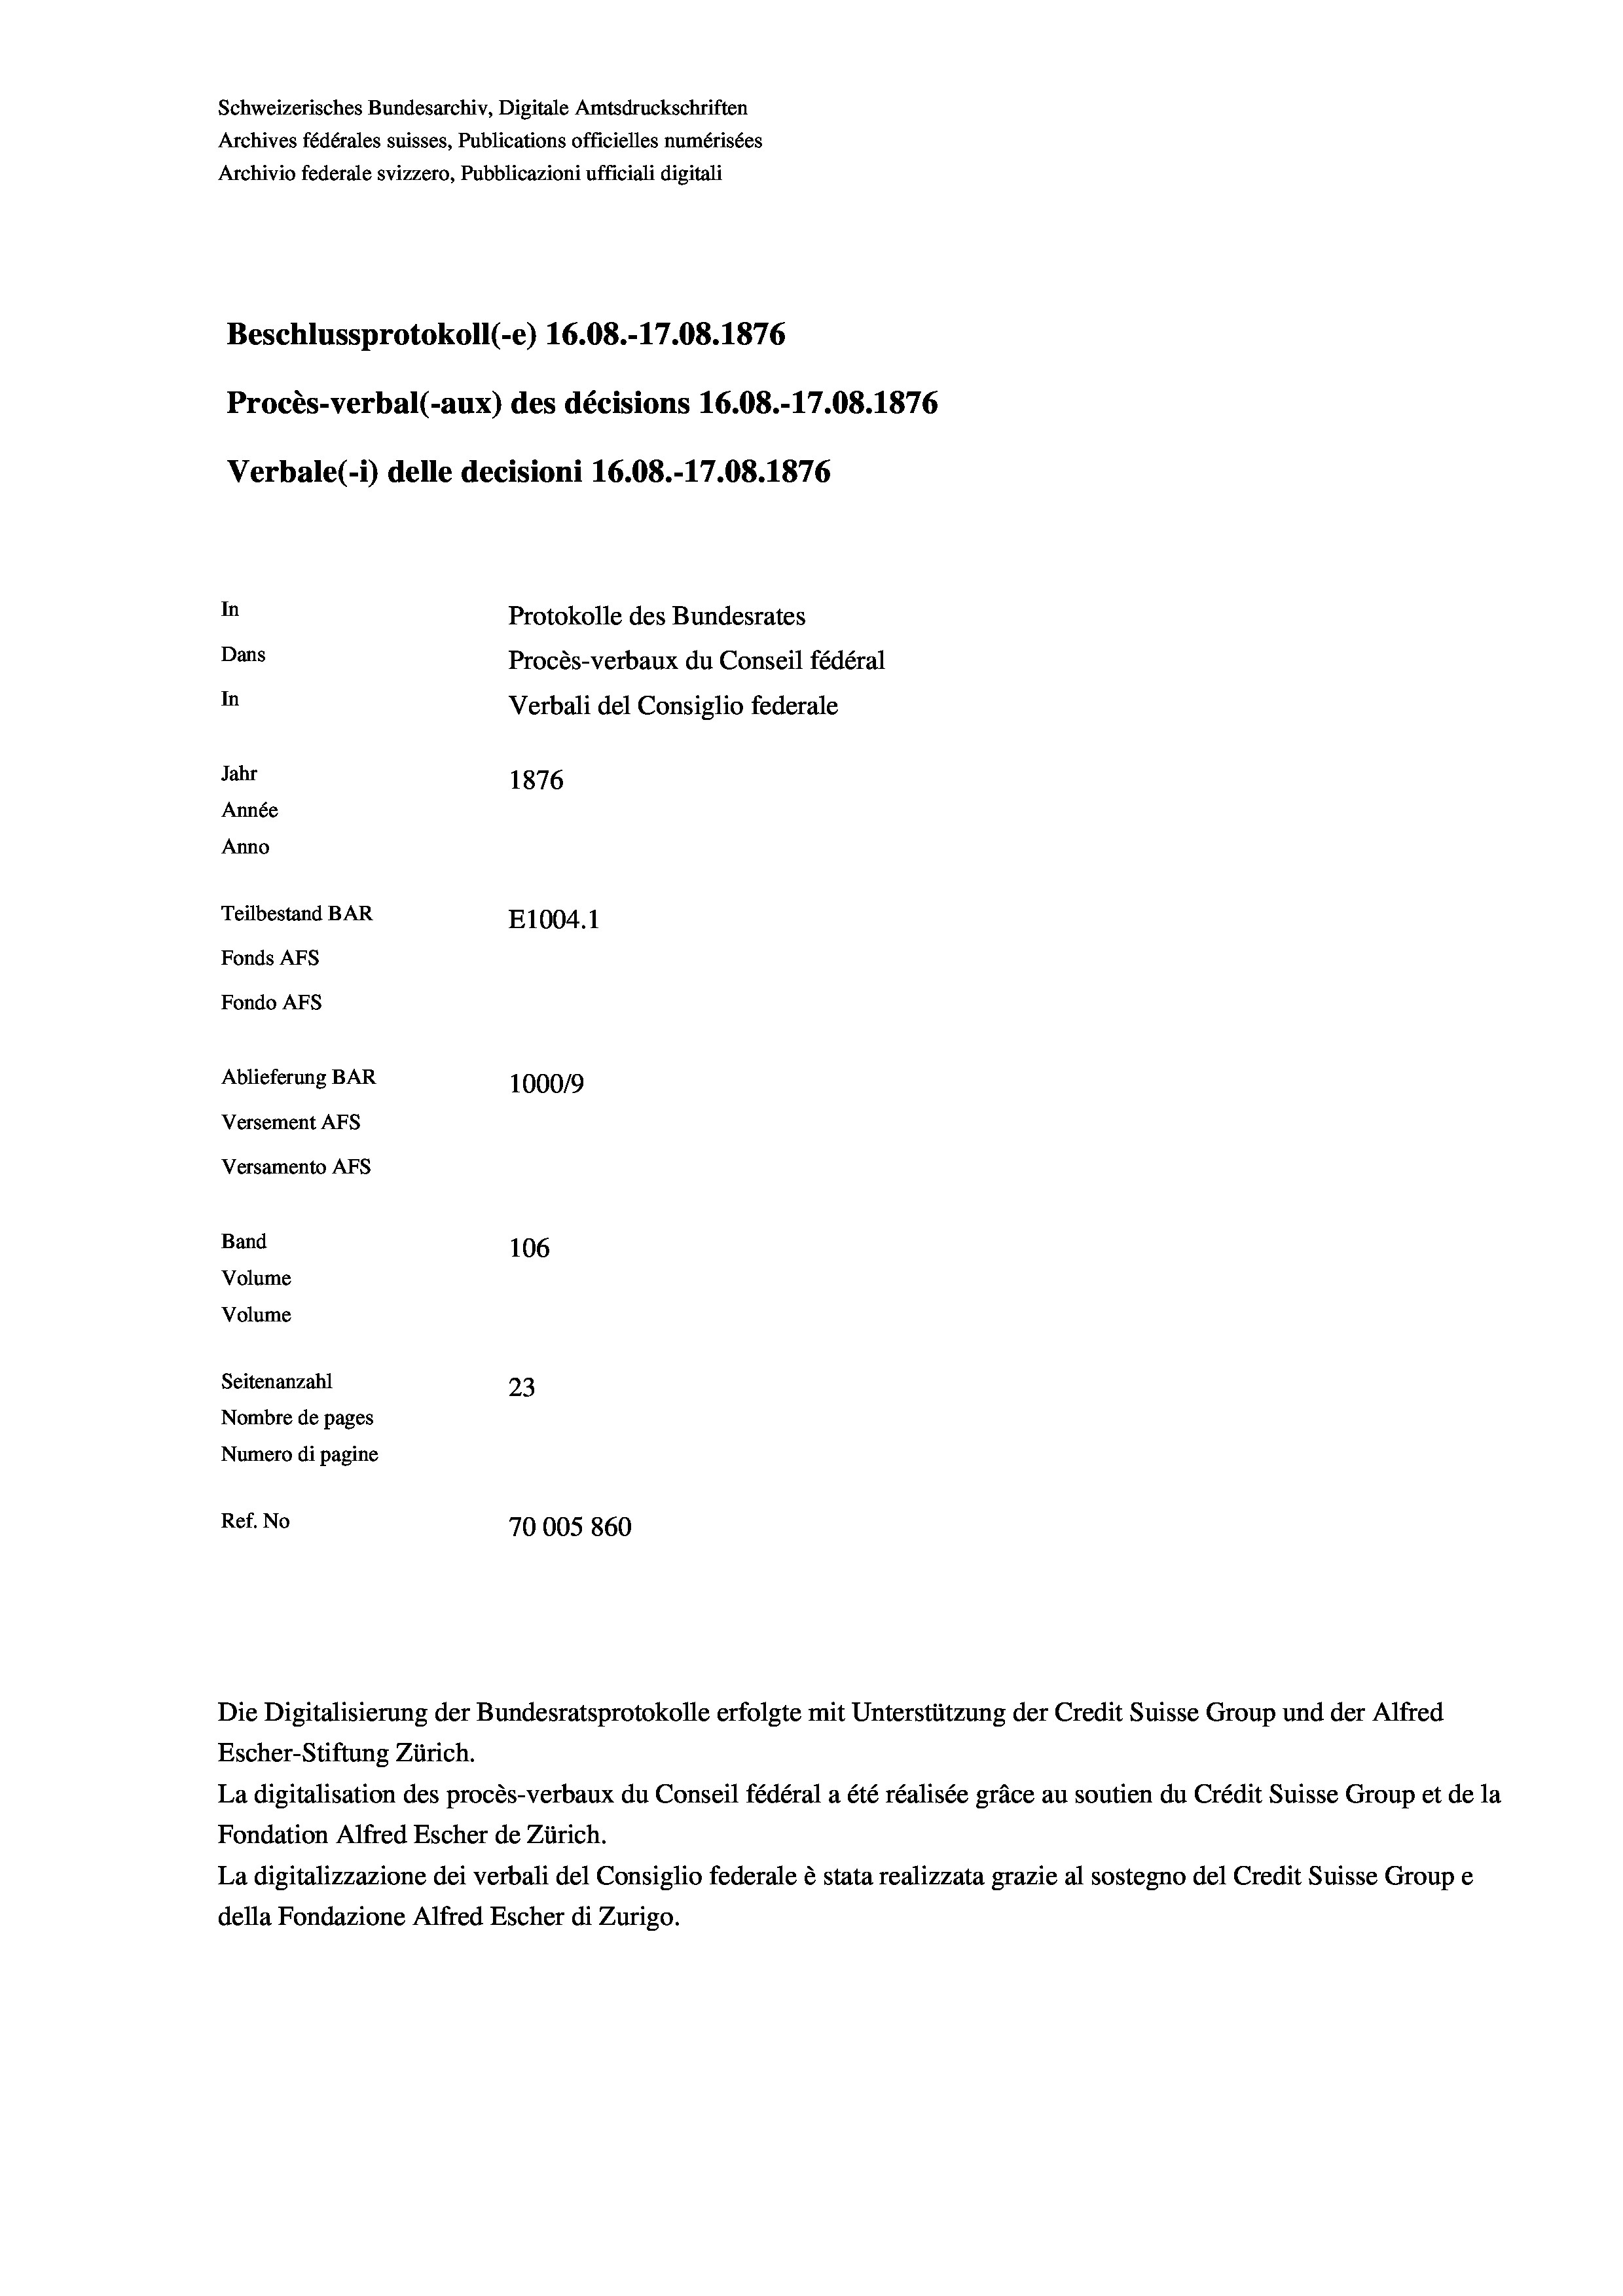
Schweizerisches Bundesarchiv, Digitale Amtsdruckschriften
Archives fédérales suisses, Publications officielles numérisées
Archivio federale svizzero, Pubblicazioni ufficiali digitali
Beschlussprotokoll (-e) 16.08.-17.08. 1876
Procès-verbal (-aux) des décisions 16.08.-17.08. 1876
Verbale(*) delle decisioni 16.08.-17.08. 1876
In
Protokolle des Bundesrates
Dans
Procès-verbaux du Conseil fédéral
In
Verbali del Consiglio federale
Jahr
1876
Année
Anno
Teilbestand BAR
E1004.1
Fonds AFs
Fondo Afs
Ablieferung BAR
100019
Versement AFs
Versamento Afs
Band
106
Volume
Volume
Seitenanzahl
23
Nombre de pages
Numero di pagine
Ref. No
70005 860

Escher-Stiftung Zürich.
La digitalisation des procès-verbaux du Conseil fédéral a été réalisée gräce au soutien du Crédit Suisse Group et de la
Fondation Alfred Escher de Zürich.
La digitalizzazione dei verbali del Consiglio federale è stata realizzata grazie al sostegno del Credit Suisse Groupe
della Fondazione Alfred Escher di Zurigo.

Die Digitalisierung der Bundesratsprotokolle erfolgte mit Unterstützung der Credit Suisse Group und der Alfred